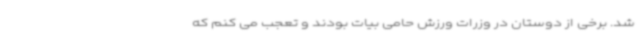
شد. برخی از دوستان در وزرات ورزش حامی بیات بودند و تعجب می کنم که